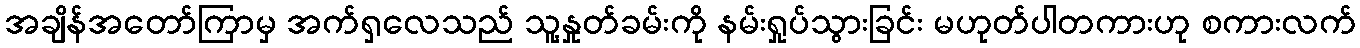
အချိန်အတော်ကြာမှ အက်ရှလေသည် သူ့နှုတ်ခမ်းကို နမ်းရှုပ်သွားခြင်း မဟုတ်ပါတကားဟု စကားလက်